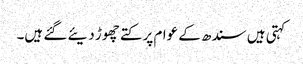
کہتی ہیں سندھ کے عوام پر کتے چھوڑ دیئے گئے ہیں۔